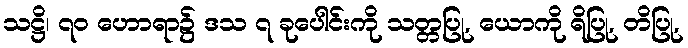
သဋ္ဌိ၊ ၇၀ ဟောရာ၌ ဒသ ၇ ခုပေါင်းကို သတ္တပြု, ယောကို ရိပြု, တိပြု,